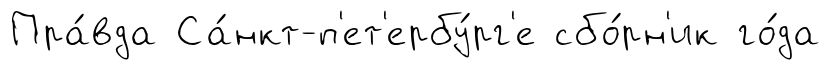
Пра́вда Са́нкт-п'ет'ербу́рг'е сбо́рн'ик го́да